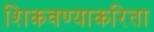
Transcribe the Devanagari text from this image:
शिकवण्याकरिता